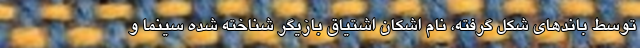
توسط باندهای شکل گرفته، نام اشکان اشتیاق بازیگر شناخته شده سینما و